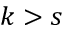
k > s